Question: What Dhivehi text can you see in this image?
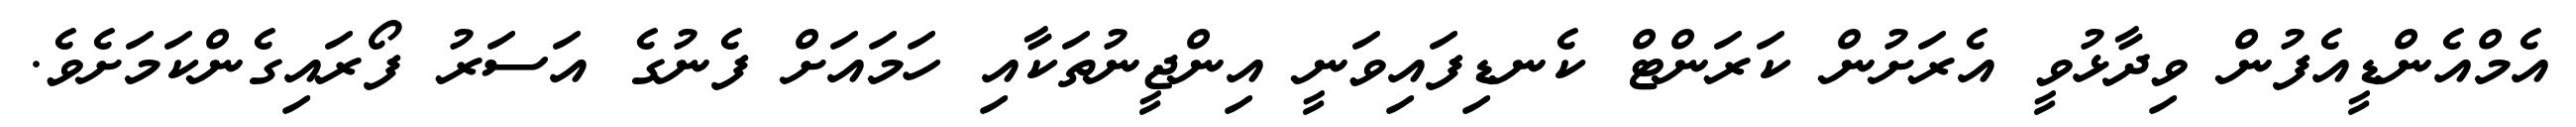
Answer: އެމްއެންޑީއެފުން ވިދާޅުވީ އެރަށުން ކަރަންޓް ކެނޑިފައިވަނީ އިންޖީނުތަކާއި ހަމައަށް ފެނުގެ އަސަރު ފޯރައިގެންކަމަށެވެ.